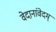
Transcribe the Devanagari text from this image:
वेदानांवेदम्